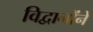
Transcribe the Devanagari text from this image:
विद्वानोंने